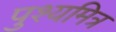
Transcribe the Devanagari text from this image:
पुश्यमित्र